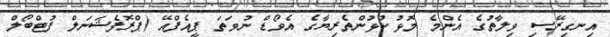
އިނގިރޭސި ވިލާތުގެ އެންމެ މޮޅު ކުޅުންތެރިޔާގެ އެވޯޑް ނުވަތަ ޕީއެފްއޭ (ޕްރޮފެޝަނަލް ފުޓްބޯލް